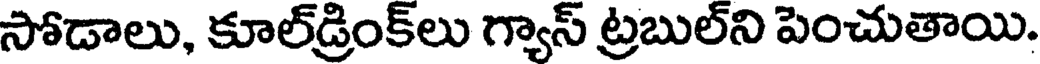
సోడాలు, కూల్డ్రింక్లు గ్యాస్ ట్రబుల్ని పెంచుతాయి.